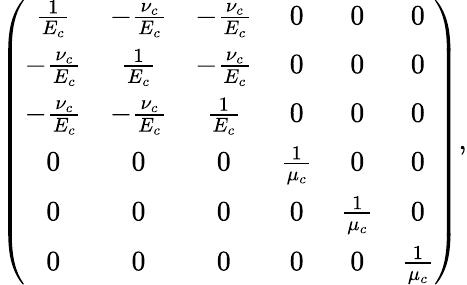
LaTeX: \left(\begin{array}{cccccc}{\frac{1}{E_{c}}}&{-\frac{\nu_{c}}{E_{c}}}&{-\frac{\nu_{c}}{E_{c}}}&{0}&{0}&{0}\\ {-\frac{\nu_{c}}{E_{c}}}&{\frac{1}{E_{c}}}&{-\frac{\nu_{c}}{E_{c}}}&{0}&{0}&{0}\\ {-\frac{\nu_{c}}{E_{c}}}&{-\frac{\nu_{c}}{E_{c}}}&{\frac{1}{E_{c}}}&{0}&{0}&{0}\\ {0}&{0}&{0}&{\frac{1}{\mu_{c}}}&{0}&{0}\\ {0}&{0}&{0}&{0}&{\frac{1}{\mu_{c}}}&{0}\\ {0}&{0}&{0}&{0}&{0}&{\frac{1}{\mu_{c}}}\end{array}\right),